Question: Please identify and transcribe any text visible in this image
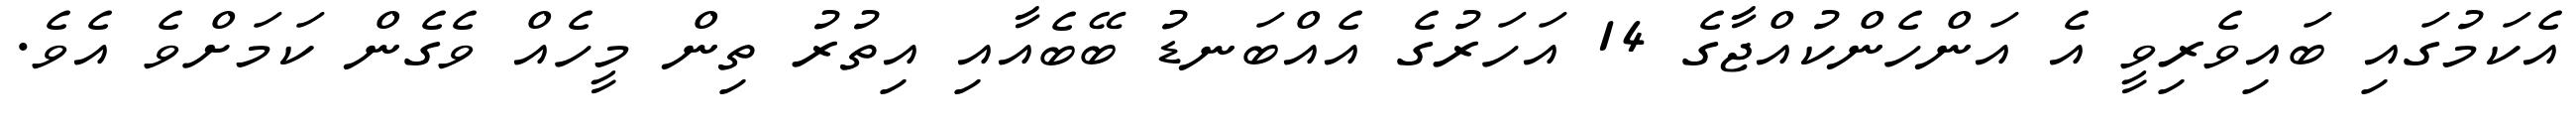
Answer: އެކަމުގައި ބައިވެރިވީ އެ އަންހެންކުއްޖާގެ 14 އަހަރުގެ އެއްބަނޑު ބޭބެއާއި އިތުރު ތިން މީހެއް ވެގެން ކަމަށްވެ އެވެ.